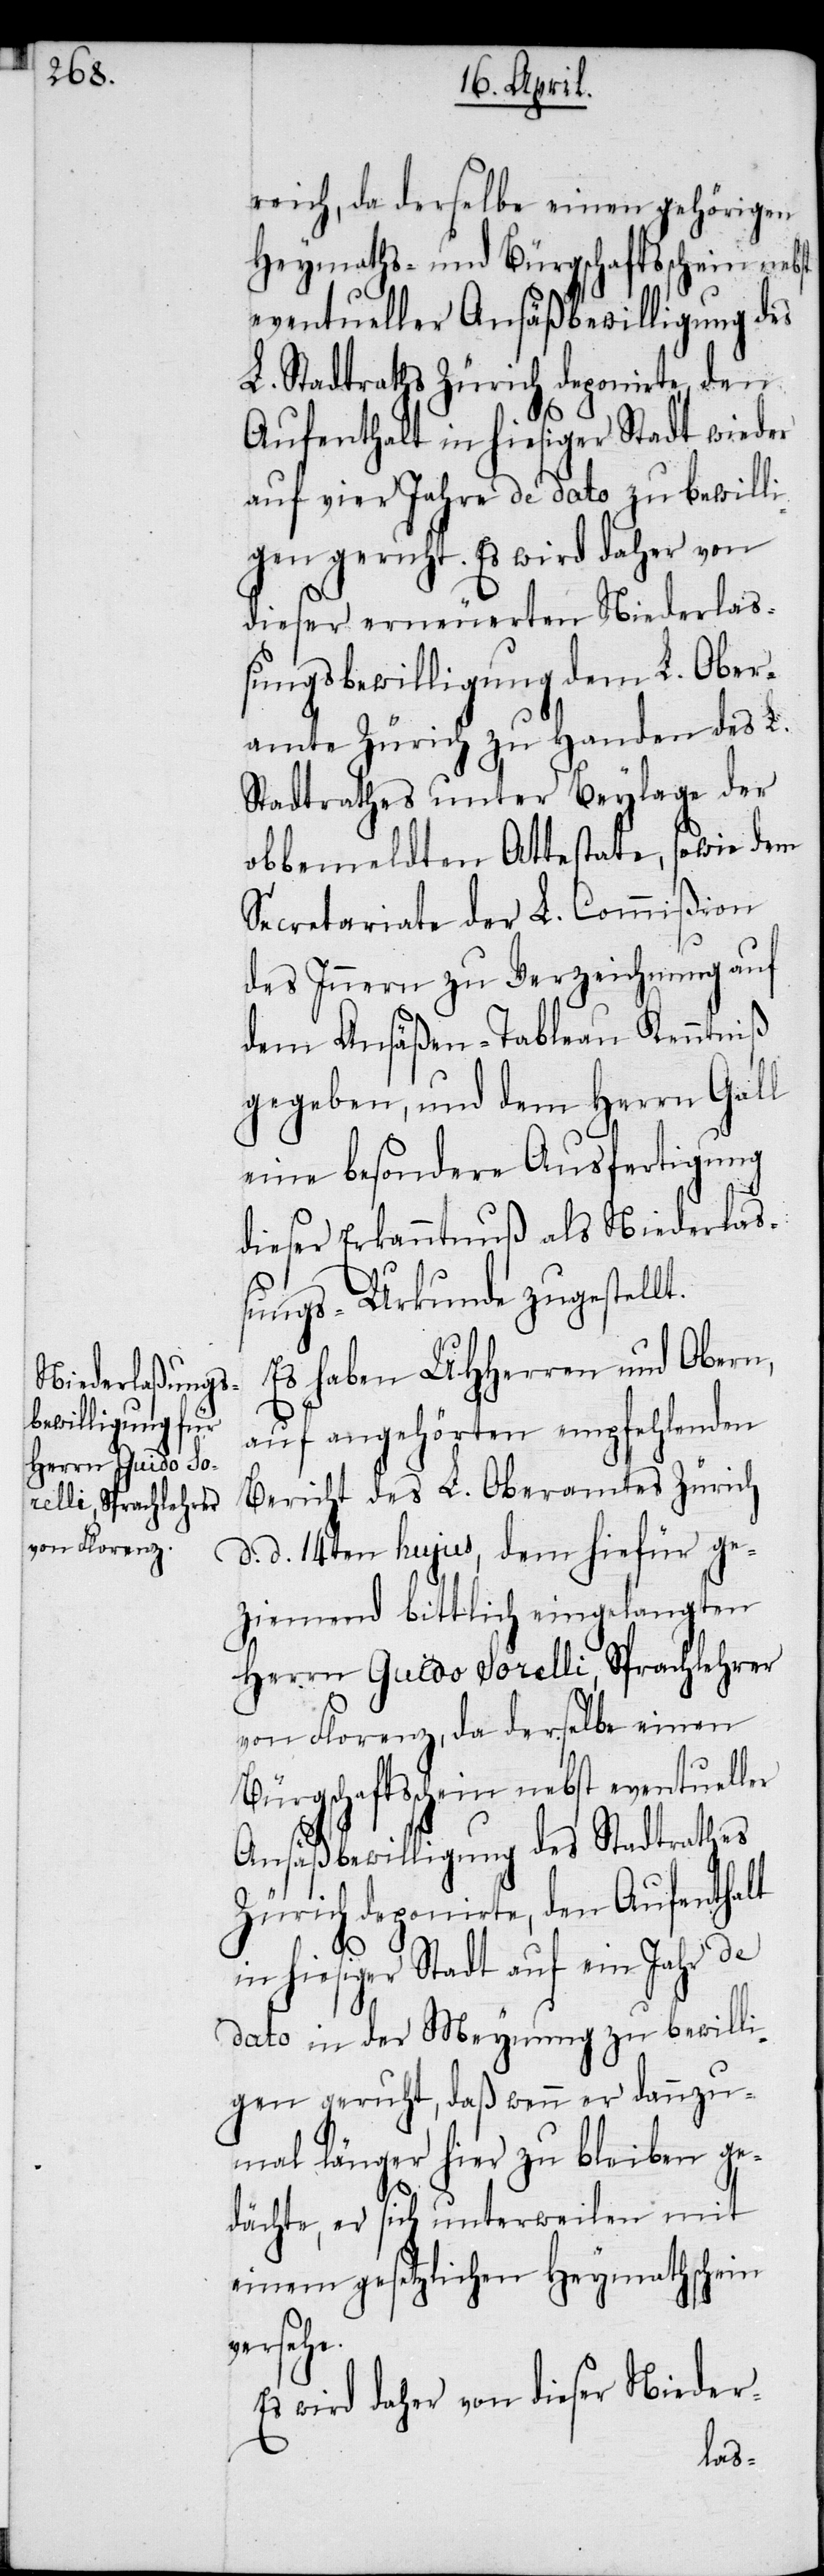
reich, da derselbe einen gehörigen
Heymaths- und Bürgschaftsschein nebst
eventueller Ansäßbewilligung des
L. Stadtraths Zürich deponirte, den
Aufenthalt in hiesiger Stadt wieder
auf vier Jahre de dato zu bewill¬
igen geruht. Es wird daher von
dieser erneuerten Niederla¬
ßungsbewilligung dem L. Ober¬
amte Zürich zu Handen des L.
Stadtrathes unter Beylage der
obbemeldten Attestate, sowie dem
Secretariate der L. Commißion
des Innern zur Verzeichnung auf
dem Ansäßen-Tableau Kenntniß
gegeben, und dem Herrn Gall
eine besondere Ausfertigung
dieser Erkanntnuß als Niederlaß¬
ungs-Urkunde zugestellt.
Es haben UHHerren und Obern,
auf angehörten empfehlenden
Bericht des L. Oberamtes Zürich
d. d. 14ten hujus, dem hiefür ge¬
ziemend bittlich eingelangten
Herrn Guido Sorelli, Sprachlehrer
von Florenz, da derselbe einen
Bürgschaftsschein nebst eventueller
Ansäßbewilligung des Stadtrathes
Zürich deponirte, den Aufenthalt
in hiesiger Stadt auf ein Jahr de
dato in der Meynung zu bewilli¬
gen geruht, daß wenn er dannzu¬
mal länger hier zu bleiben ge¬
dächte, er sich unterweilen mit
einem gesetzlichen Heymathschein
versehe.
Es wird daher von dieser Nieder-